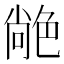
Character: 𦫢